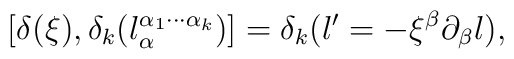
[\delta (\xi),\delta _{k} (l_{\alpha}^{\alpha_{1} \cdots\alpha_{k}})]=\delta_{k}(l'=-\xi^{\beta} \partial_{\beta} l),